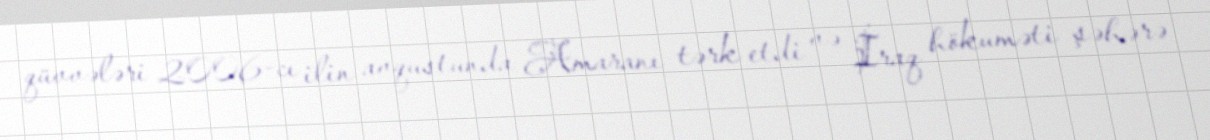
qüvvələri 2006-cı ilin avqustunda Amaranı tərk etdi və İraq hökuməti şəhərə